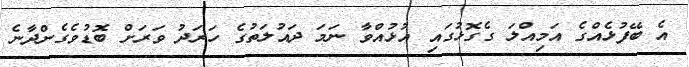
އެ ބޭފުޅެއްގެ އަމިއްލަ ގެގޮޅުގައި އުޅުއްވާ ނަމަ ދައުލަތުގެ ހަރަދު ވަރަށް ބޮޑުވެގެންދާނެ